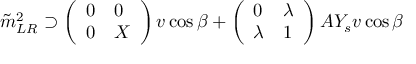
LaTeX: \tilde { m } _ { L R } ^ { 2 } \supset \left( \begin{array} { l l } { { 0 } } & { { 0 } } \\ { { 0 } } & { { X } } \end{array} \right) v \cos \beta + \left( \begin{array} { l l } { { 0 } } & { { \lambda } } \\ { { \lambda } } & { { 1 } } \end{array} \right) A Y _ { s } v \cos \beta